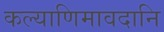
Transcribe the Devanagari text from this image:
कल्याणिमावदानि